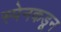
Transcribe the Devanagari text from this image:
स्पेनकडून